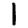
Digit: 1